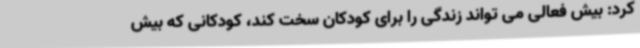
کرد: بیش فعالی می تواند زندگی را برای کودکان سخت کند، کودکانی که بیش